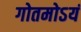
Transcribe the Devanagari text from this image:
गोतमोऽयं